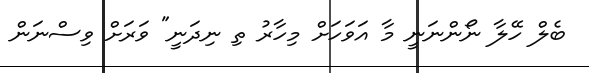
ބެލް ހޭލާ ނޯންނަނީ މާ އަވަހަށް މިހާރު ތި ނިދަނީ" ވަރަށް ވިސްނަން